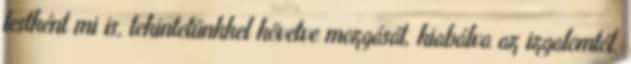
testként mi is, tekintetünkkel követve mozgását, kiabálva az izgalomtól.